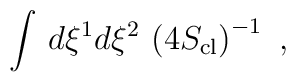
\int \, d \xi^1 d \xi^2\, \left( 4 S_{\rm cl} \right)^{-1}\ ,